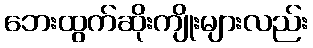
ဘေးထွက်ဆိုးကျိုးများလည်း